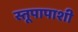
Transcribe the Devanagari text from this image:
स्तूपापाशी